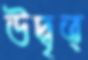
উদ্বৃত্